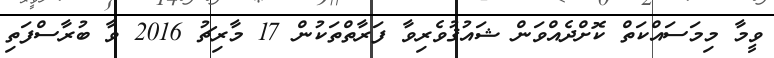
ވީމާ މިމަސައްކަތް ކޮށްދެއްވަން ޝައުޤުވެރިވާ ފަރާތްތަކުން 17 މާރިޗު 2016 ވާ ބުރާސްފަތި